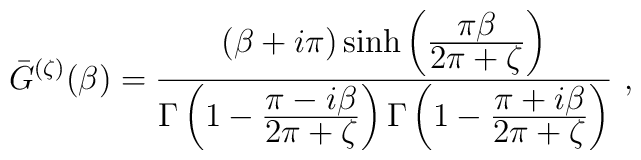
{\bar G}^{(\zeta )}(\beta )={(\beta +i\pi )\sinh\left( {\displaystyle \pi\beta\over \displaystyle 2\pi +\zeta}\right) \over\Gamma \left( 1- {\displaystyle\pi-i\beta \over \displaystyle 2\pi+\zeta}\right)\Gamma \left( 1- {\displaystyle\pi+i\beta \over \displaystyle 2\pi+\zeta}\right)}\ ,